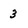
Character: 3